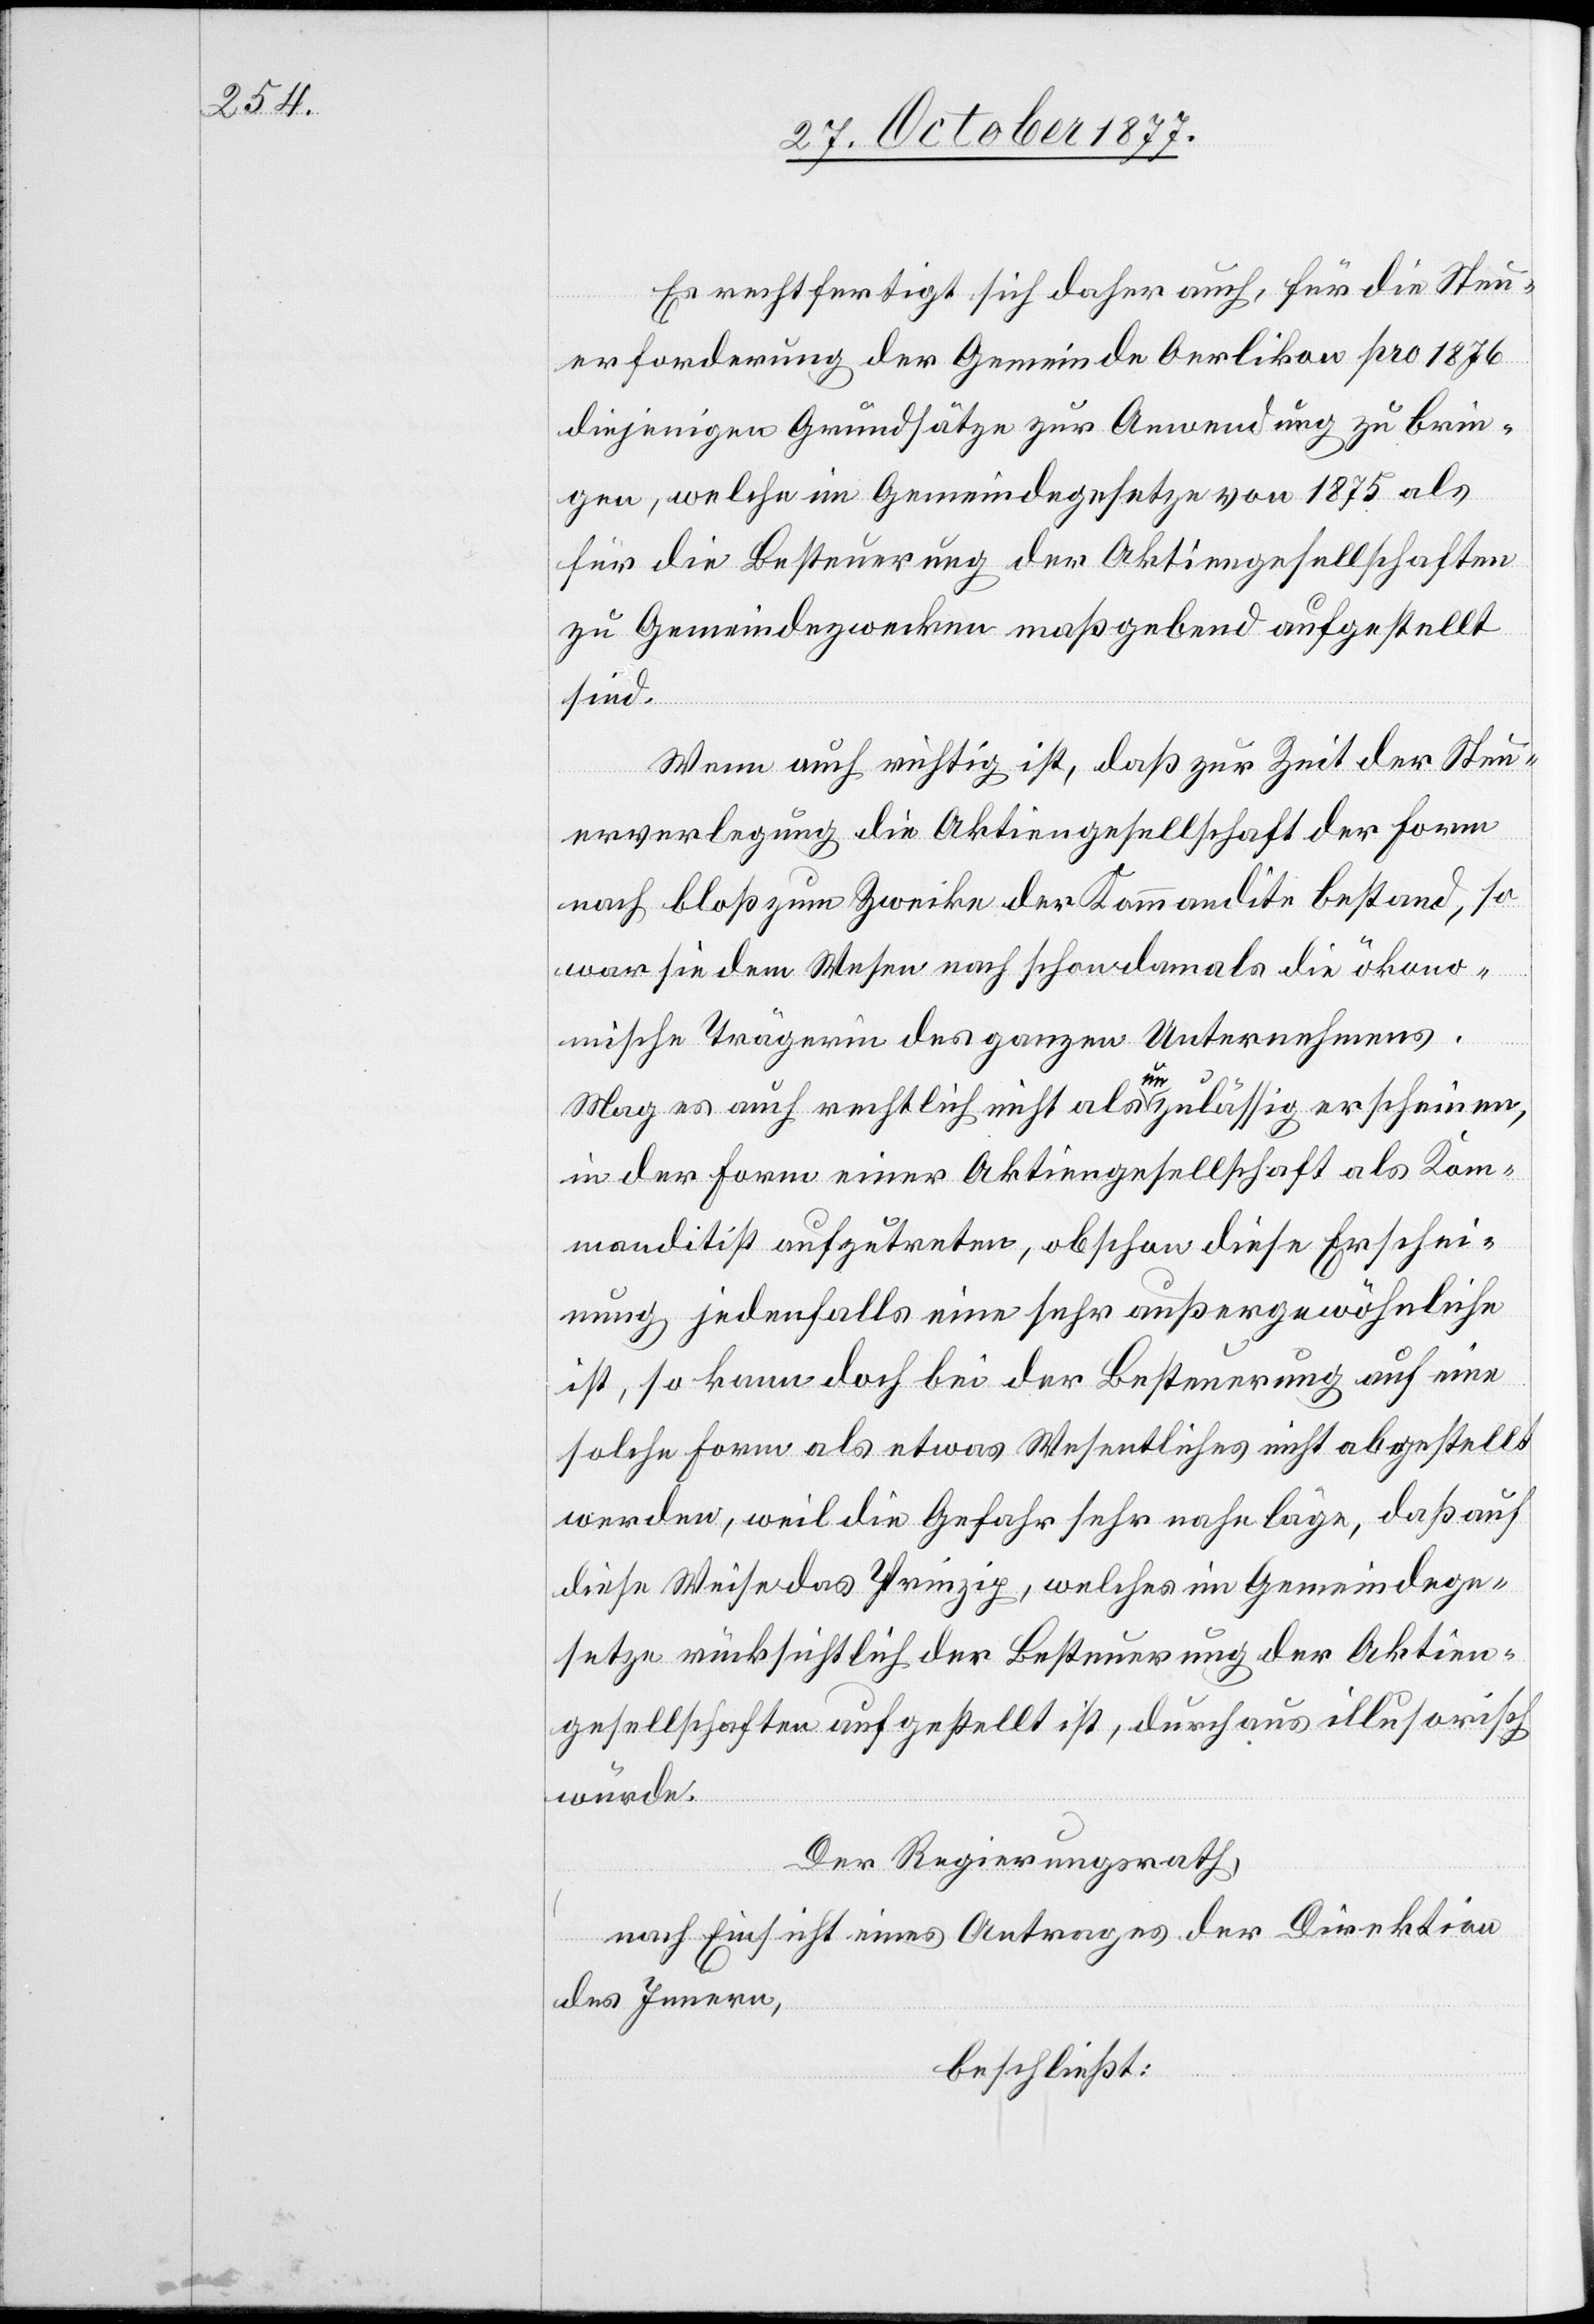
Es rechtfertigt sich daher auch, für die Steu¬
erforderung der Gemeinde Oerlikon pro 1876
diejenigen Grundsätze zur Anwendung zu brin¬
gen, welche im Gemeindegesetze von 1875 als
für die Besteuerung der Aktiengesellschaften
zu Gemeindezwecken maßgebend aufgestellt
sind.
Wenn auch richtig ist, daß zur Zeit der Steu¬
erverlegung die Aktiengesellschaft der Form
nach bloß zum Zwecke der Kommandite bestand, so
war sie dem Wesen nach schon damals die ökono¬
mische Trägerin des ganzen Unternehmens.
Mag es auch rechtlich nicht als unzulässig erscheinen,
in der Form einer Aktiengesellschaft als Kom¬
manditist aufzutreten, obschon diese Erschei¬
nung jedenfalls eine sehr außergewöhnliche
ist, so kann doch bei der Besteuerung auf eine
solche Form als etwas Wesentliches nicht abgestellt
werden, weil die Gefahr sehr nahe läge, daß auf
diese Weise das Prinzip, welches im Gemeindege¬
setze rücksichtlich der Besteuerung der Aktien¬
gesellschaften aufgestellt ist, durchaus illusorisch
würde.
Der Regierungsrath,
nach Einsicht eines Antrages der Direktion
des Innern,
beschließt: